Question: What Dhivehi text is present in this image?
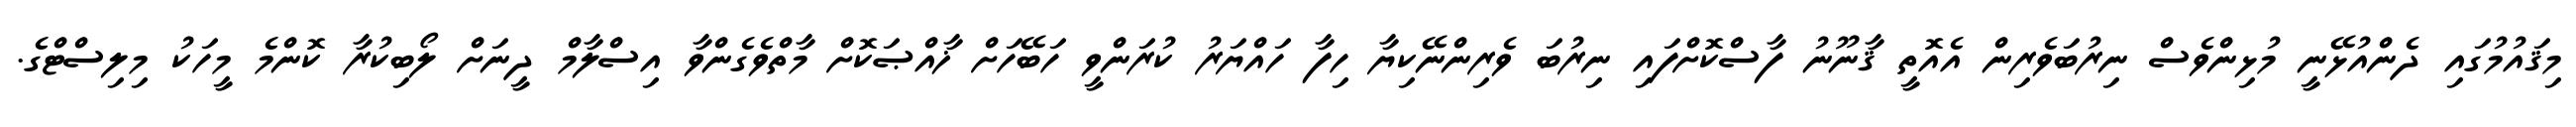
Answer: މިޤައުމުގައި ދެންއުޅޭނީ މުޅިންވެސް ނިރުބަވެރިން އެއޮތީ ޤާނޫނު ފާސްކޮށްފައި ނިރުބަ ވެރިންނޭކިޔާ ހިފާ ހައްޔަރު ކުރަންވީ ހަބޭހަށް ޚާއްޞަކޮށް މާތްވެގެންވާ އިސްލާމް ދީނަށް ލޯބިކުރާ ކޮންމެ މީހަކު މިލިސްޓްގެ.